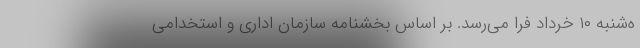
ه‌شنبه ۱۰ خرداد فرا می‌رسد. بر اساس بخشنامه سازمان اداری و استخدامی